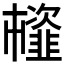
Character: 𩐊